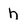
Character: h